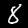
Label: 8